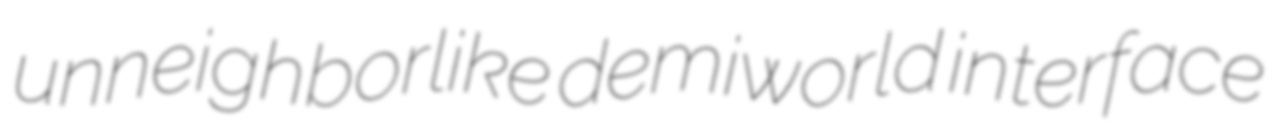
unneighborlike demiworld interface